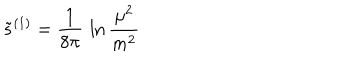
\tilde { s } ^ { ( 1 ) } = { \frac { 1 } { 8 \pi } } \, \ln { \frac { \mu ^ { 2 } } { m ^ { 2 } } }